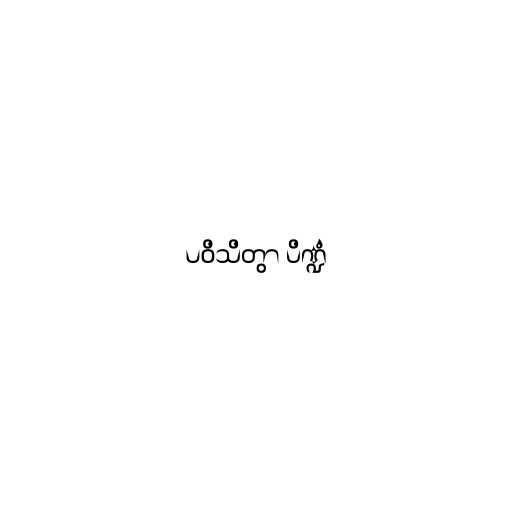
ပဝိသိတွာ ပိဏ္ဍံ